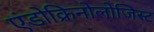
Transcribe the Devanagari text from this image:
एंडोक्रिनोलोजिस्ट